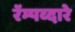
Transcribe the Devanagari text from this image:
रॅम्पव्दारे